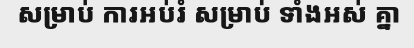
សម្រាប់ ការអប់រំ សម្រាប់ ទាំងអស់ គ្នា